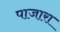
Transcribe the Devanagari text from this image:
पाजारा